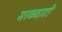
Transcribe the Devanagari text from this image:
मरळवाडी